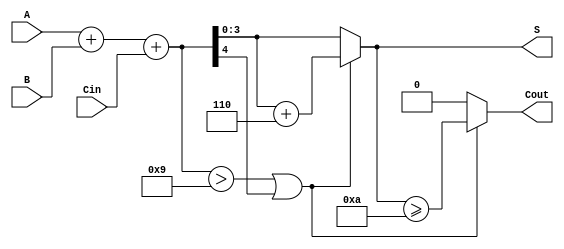
module BCD_Conditional_Adder (
    input  [3:0] A,      // First BCD digit
    input  [3:0] B,      // Second BCD digit
    input        Cin,     // Carry input
    output [3:0] S,      // BCD sum output
    output       Cout     // Carry output
);

    wire [4:0] sum;      // 5-bit sum to accommodate carry
    wire correction;      // Correction flag

    // Step 1: Perform binary addition
    assign sum = A + B + Cin;

    // Step 2: Determine if correction is needed
    assign correction = (sum > 9) || sum[4];

    // Step 3: Generate the final BCD result
    assign S = correction ? (sum + 5'd6) : sum[3:0];

    // Step 4: Determine the carry out
    assign Cout = correction ? (S >= 10) : 0;

endmodule